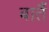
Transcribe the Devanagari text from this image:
बातैं